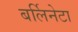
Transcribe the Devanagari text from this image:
बर्लिनेटा